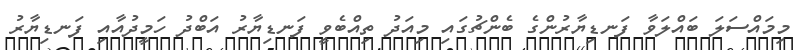
މިމައްސަލަ ބައްލަވާ ފަނޑިޔާރުންގެ ބެންޗުގައި މިއަދު ތިއްބެވީ ފަނޑިޔާރު އަބްދު ހަމީދުއާއި ފަނޑިޔާރު